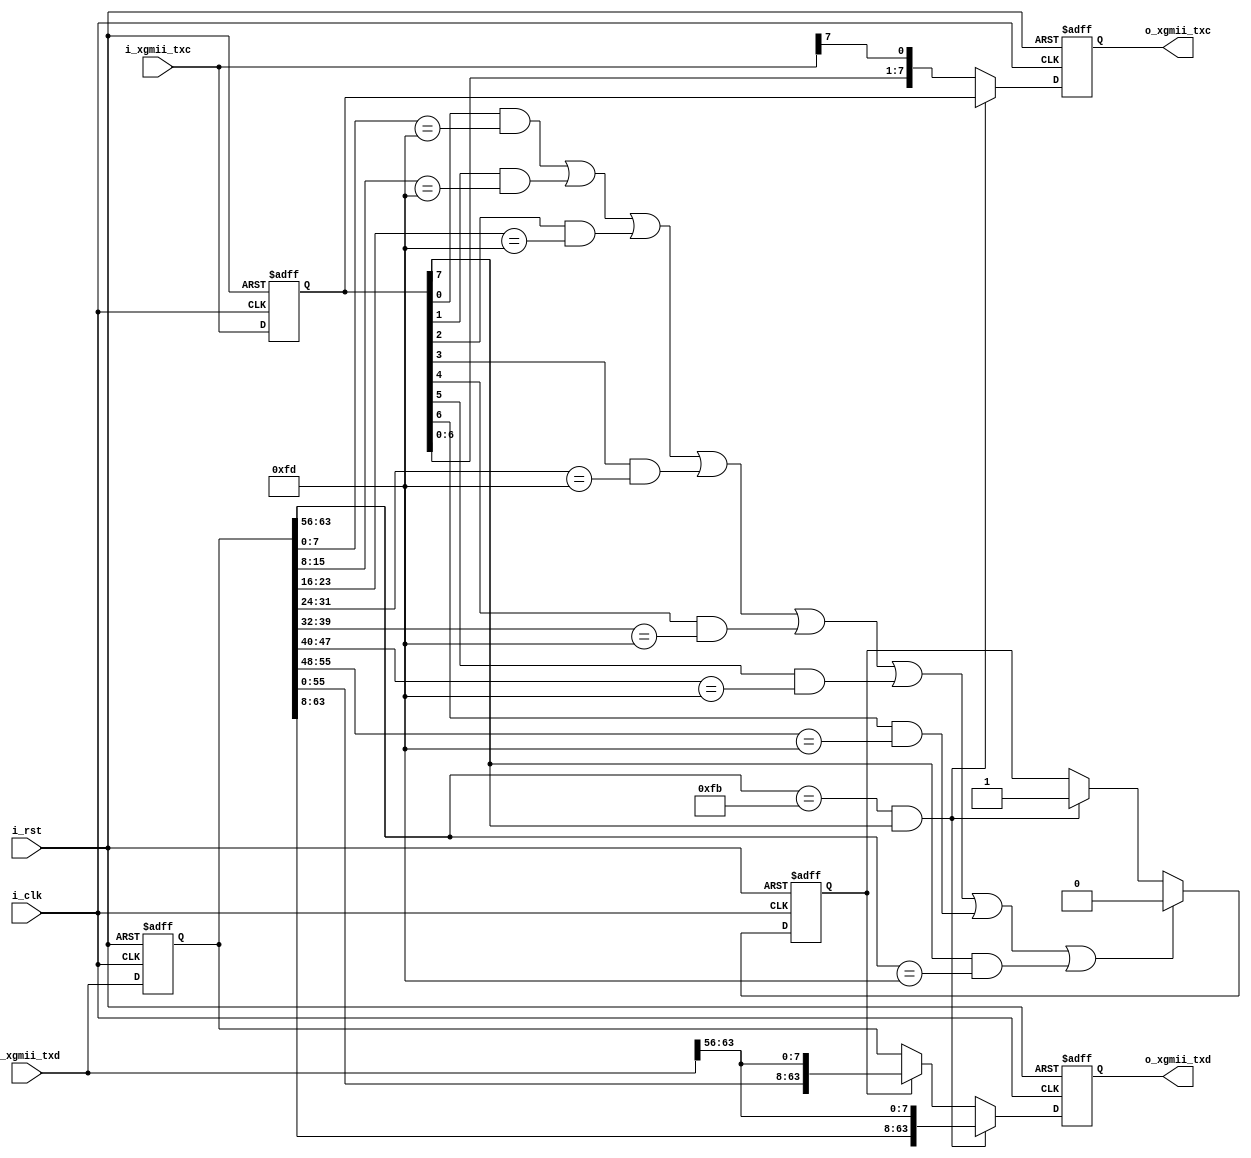
`timescale 1ns / 1ps
//////////////////////////////////////////////////////////////////////////////////
// Company: 
// Engineer: 
// 
// Design Name: 
// Module Name: MAC_TX_header
// Project Name: 
// Target Devices: 
// Tool Versions: 
// Description: 
// 
// Dependencies: 
// 
// Revision:
// Revision 0.01 - File Created
// Additional Comments:
// 
//////////////////////////////////////////////////////////////////////////////////


module MAC_TX_header(
    input           i_clk           ,
    input           i_rst           ,

    input  [63:0]   i_xgmii_txd     ,
    input  [7 :0]   i_xgmii_txc     ,

    output [63:0]   o_xgmii_txd     ,
    output [7 :0]   o_xgmii_txc     
);

localparam      P_FRAME_IDLE    = 8'h07 ;

reg  [63:0]         ri_xgmii_txd    ;
reg  [7 :0]         ri_xgmii_txc    ;
reg  [63:0]         ro_xgmii_txd    ;
reg  [7 :0]         ro_xgmii_txc    ;
reg                 r_run           ;

wire                w_sof           ;

assign o_xgmii_txd = ro_xgmii_txd   ;
assign o_xgmii_txc = ro_xgmii_txc   ;
assign w_sof       = ri_xgmii_txd[63:56] == 8'hFB && ri_xgmii_txc[7] == 1;
assign w_eof = (ri_xgmii_txc[0] && ri_xgmii_txd[7 :  0] == 8'hFD) ||
               (ri_xgmii_txc[1] && ri_xgmii_txd[15:  8] == 8'hFD) ||
               (ri_xgmii_txc[2] && ri_xgmii_txd[23: 16] == 8'hFD) ||
               (ri_xgmii_txc[3] && ri_xgmii_txd[31: 24] == 8'hFD) ||
               (ri_xgmii_txc[4] && ri_xgmii_txd[39: 32] == 8'hFD) ||
               (ri_xgmii_txc[5] && ri_xgmii_txd[47: 40] == 8'hFD) ||
               (ri_xgmii_txc[6] && ri_xgmii_txd[55: 48] == 8'hFD) ||
               (ri_xgmii_txc[7] && ri_xgmii_txd[63: 56] == 8'hFD)  ;

always@(posedge i_clk,posedge i_rst)
begin
    if(i_rst) begin
        ri_xgmii_txd <= {8{P_FRAME_IDLE}};
        ri_xgmii_txc <= 8'b1111_1111;
    end else begin
        ri_xgmii_txd <= i_xgmii_txd;
        ri_xgmii_txc <= i_xgmii_txc;
    end
end

always@(posedge i_clk,posedge i_rst)
begin
    if(i_rst)
        r_run <= 'd0;
    else if(w_eof)
        r_run <= 'd0;
    else if(w_sof)
        r_run <= 'd1;
    else 
        r_run <= r_run;
end

always@(posedge i_clk,posedge i_rst)
begin
    if(i_rst)    
        ro_xgmii_txd <= {8{P_FRAME_IDLE}};
    else if(w_sof)
        ro_xgmii_txd <= {ri_xgmii_txd[63:8],i_xgmii_txd[63:56]};
    else if(r_run)
        ro_xgmii_txd <= {ri_xgmii_txd[55:0],i_xgmii_txd[63:56]};
    else
        ro_xgmii_txd <= ri_xgmii_txd;
end

always@(posedge i_clk,posedge i_rst)
begin
    if(i_rst)  
        ro_xgmii_txc <= 8'b1111_1111;
    else if(w_sof)       
        ro_xgmii_txc <= ri_xgmii_txc;
    else 
        ro_xgmii_txc <= {ri_xgmii_txc[6 :0],i_xgmii_txc[7]};
end     

endmodule